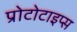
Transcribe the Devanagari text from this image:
प्रोटोटाइप्स